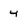
Character: 4